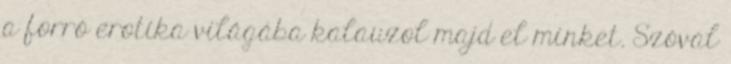
a forró erotika világába kalauzol majd el minket. Szóval